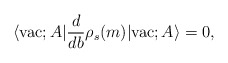
\begin{align*}\langle {\rm vac};A | \frac{d}{db} \rho_{s}(m) |{\rm vac};A \rangle= 0,\end{align*}